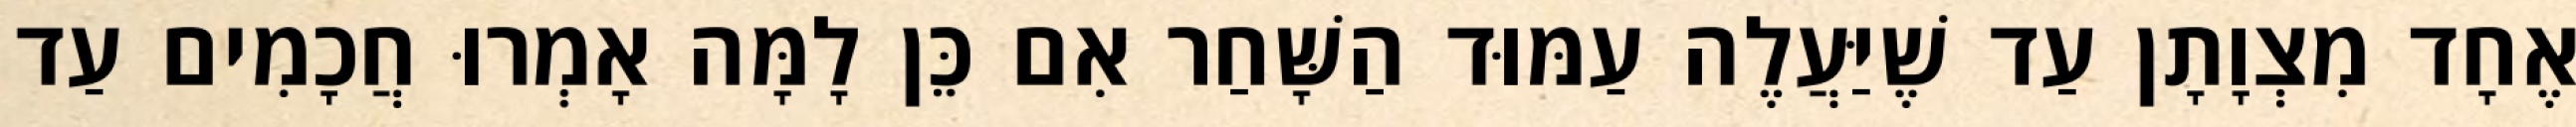
אֶחָד מִצְוָתָן עַד שֶׁיַּעֲלֶה עַמּוּד הַשָּׁחַר אִם כֵּן לָמָּה אָמְרוּ חֲכָמִים עַד